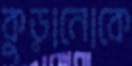
কুড়ানোকে